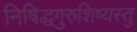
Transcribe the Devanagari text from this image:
निषिद्धगुरुशिष्यस्तु